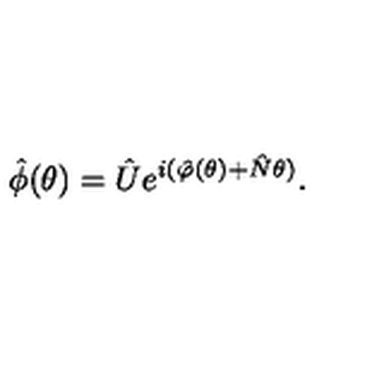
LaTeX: \hat { \phi } ( \theta ) = \hat { U } e ^ { i ( \hat { \varphi } ( \theta ) + \hat { N } \theta ) } .